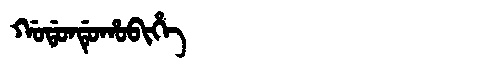
Manchu: ᡤᠣᡩᠣᠨᡩᡠᡥᠣᠪᡳᡥᡝ
Romanization: GODONDUHOBIHE